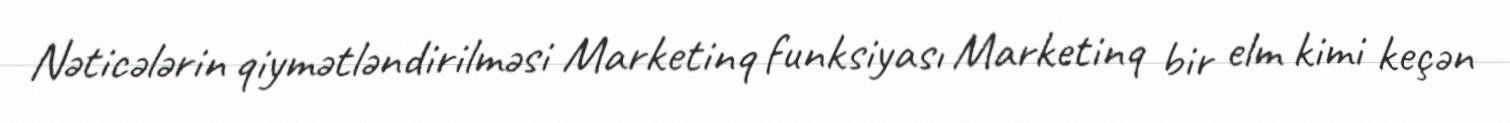
Nəticələrin qiymətləndirilməsi Marketinq funksiyası Marketinq bir elm kimi keçən